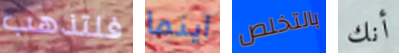
فلتذهب اينما بالتخلص أنك